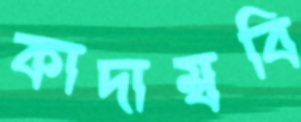
কাদাম্ববি